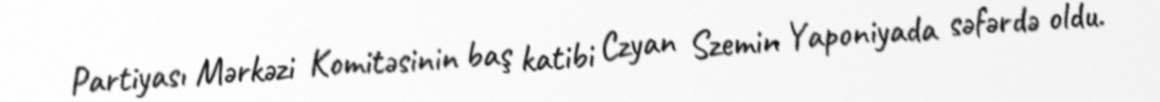
Partiyası Mərkəzi Komitəsinin baş katibi Czyan Szemin Yaponiyada səfərdə oldu.